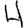
Digit: 4